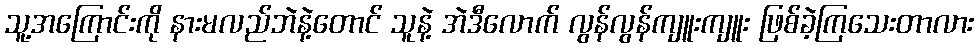
သူ့အကြောင်းကို နားမလည်ဘဲနဲ့တောင် သူနဲ့ အဲဒီလောက် လွန်လွန်ကျူးကျူး ဖြစ်ခဲ့ကြသေးတာလား